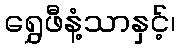
ရွှေဖီနံ့သာနှင့်၊